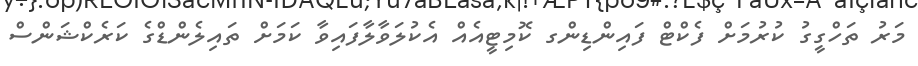
މަރު ތަހްގީގު ކުރުމަށް ފެކްޓް ފައިންޑިންގ ކޮމިޓީއެއް އެކުލަވާލާފައިވާ ކަމަށް ތައިލެންޑްގެ ކަރެކްޝަންސް